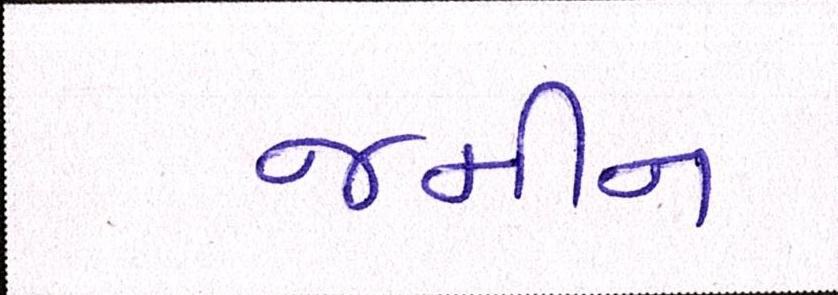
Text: જમીન